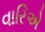
વારિએ